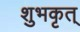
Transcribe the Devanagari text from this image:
शुभकृत्